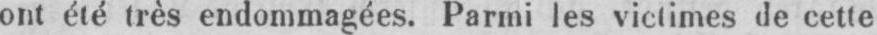
ont été très endommagées. Parmi les victimes de cette